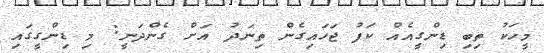
މީހަކު ތިބި ޑިންގީއެއް ކަފު ޖަހައިގެން ތިނަދު އަށް ގެންދަނީ: މި ޑިންގީގައި